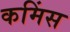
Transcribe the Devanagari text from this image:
कमिंस